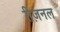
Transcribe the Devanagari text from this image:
रीज़नल